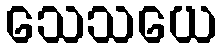
သေသယေ